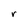
Character: r